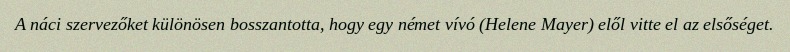
A náci szervezőket különösen bosszantotta, hogy egy német vívó (Helene Mayer) elől vitte el az elsőséget.